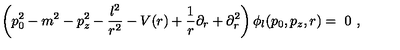
\left( p _ { 0 } ^ { 2 } - m ^ { 2 } - p _ { z } ^ { 2 } - \frac { l ^ { 2 } } { r ^ { 2 } } - V ( r ) + \frac 1 r \partial _ { r } + \partial _ { r } ^ { 2 } \right) \phi _ { l } ( p _ { 0 } , p _ { z } , r ) = \ 0 \ ,